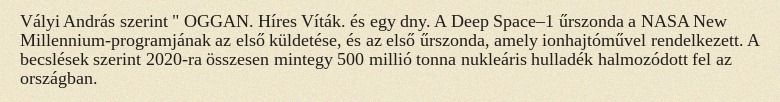
Vályi András szerint " OGGAN. Híres Víták. és egy dny. A Deep Space–1 űrszonda a NASA New Millennium-programjának az első küldetése, és az első űrszonda, amely ionhajtóművel rendelkezett. A becslések szerint 2020-ra összesen mintegy 500 millió tonna nukleáris hulladék halmozódott fel az országban.